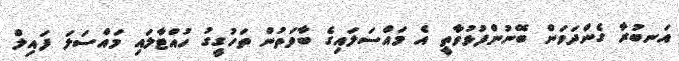
އަނބުރާ ގެންދަވަން ބޭނުންފުޅުވާތީ އެ މައްސަލައިގެ ބާވަތުން ތަހުގީގު ހުއްޓާލައި މައްސަލަ ފައިލް